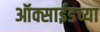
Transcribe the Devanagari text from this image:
ऑक्साईडच्या